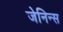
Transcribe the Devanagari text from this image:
जेनिन्स